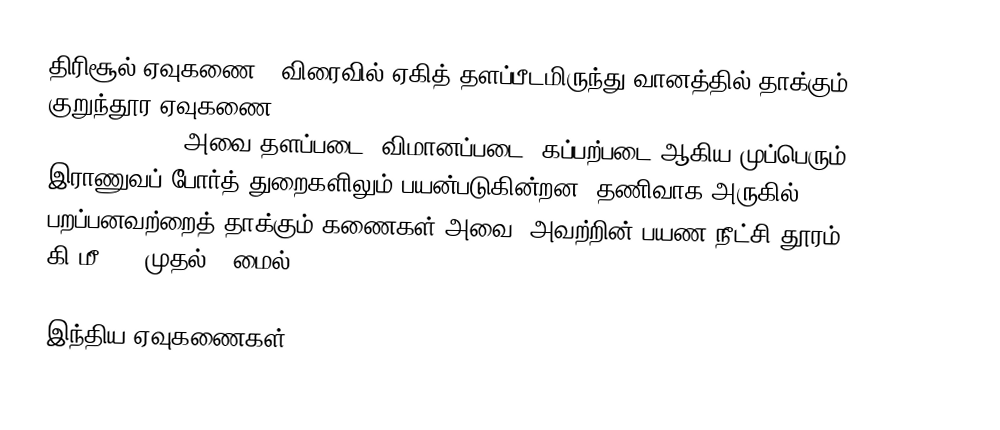
திரிசூல் ஏவுகணை - விரைவில் ஏகித் தளப்பீடமிருந்து வானத்தில் தாக்கும் குறுந்தூர ஏவுகணை [Trishul (Trident) - A Quick Reaction Surface-to-Air Missile (SAM) with a Shorter Range] அவை தளப்படை, விமானப்படை, கப்பற்படை ஆகிய முப்பெரும் இராணுவப் போர்த் துறைகளிலும் பயன்படுகின்றன. தணிவாக அருகில் பறப்பனவற்றைத் தாக்கும் கணைகள் அவை. அவற்றின் பயண நீட்சி தூரம் : 5-9 கி.மீ. (3 முதல் 5 மைல்)

 இந்திய ஏவுகணைகள்